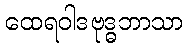
ထေရဝါဒဗုဒ္ဓဘာသာ